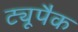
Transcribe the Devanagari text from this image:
ट्यूपैक